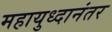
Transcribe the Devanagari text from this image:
महायुध्दानंतर